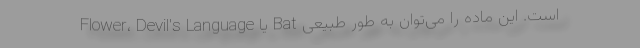
Flower، Devil's Language یا Bat است. این ماده را می‌توان به طور طبیعی